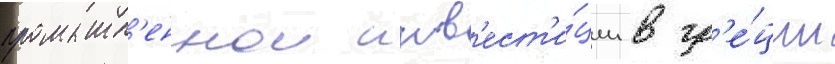
промышл'еннои инв'ест'и́ции в гр'е́ции